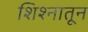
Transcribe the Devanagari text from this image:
शिश्नातून